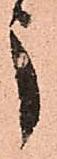
う